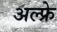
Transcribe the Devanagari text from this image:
अल्फ्रे